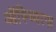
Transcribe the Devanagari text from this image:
ऑस्च्वित्ज़